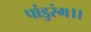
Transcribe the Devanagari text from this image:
पांडुरंग।।